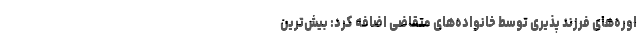
اوره‌های فرزند پذیری توسط خانواده‌های متقاضی اضافه کرد: بیش‌ترین